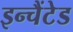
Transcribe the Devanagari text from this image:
इन्चैंटेड